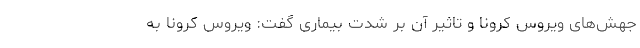
جهش‌های ویروس کرونا و تاثیر آن بر شدت بیماری گفت: ویروس کرونا به